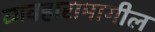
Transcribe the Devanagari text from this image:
व्यवहारामागील